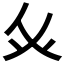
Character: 𭼽